Indian journal of veterinary science and animal husbandry - Volume 3,
Year: 1933
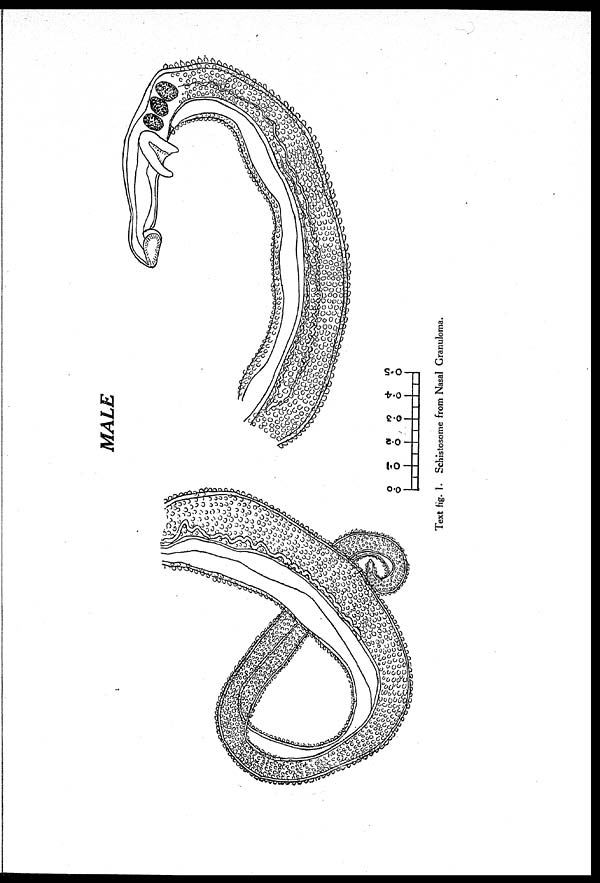
MALE
Text fig.1.
Schistosome from Nasal Granuloma.